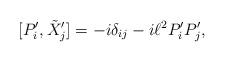
LaTeX: \begin{align*} [P'_i, \tilde{X}_j'] = - i \delta_{ij} - i \ell^2 P'_i P'_j,\end{align*}